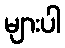
များပါ